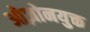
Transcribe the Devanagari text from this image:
ओज़ोनयुक्त